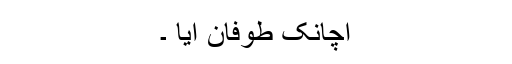
اچانک طوفان آیا ۔